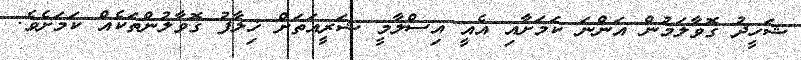
ޝަހީދު ގޮވާލަމުން އަންނަ ކަމަށާއި އެއީ އިސްލާމީ ޝަރީއަތަށް ޚިލާފު ގޮވާލުންތަކެއް ކަމަށެވެ.